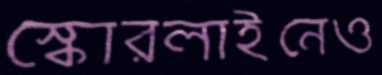
স্কোরলাইনেও